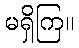
မရှိကြ။